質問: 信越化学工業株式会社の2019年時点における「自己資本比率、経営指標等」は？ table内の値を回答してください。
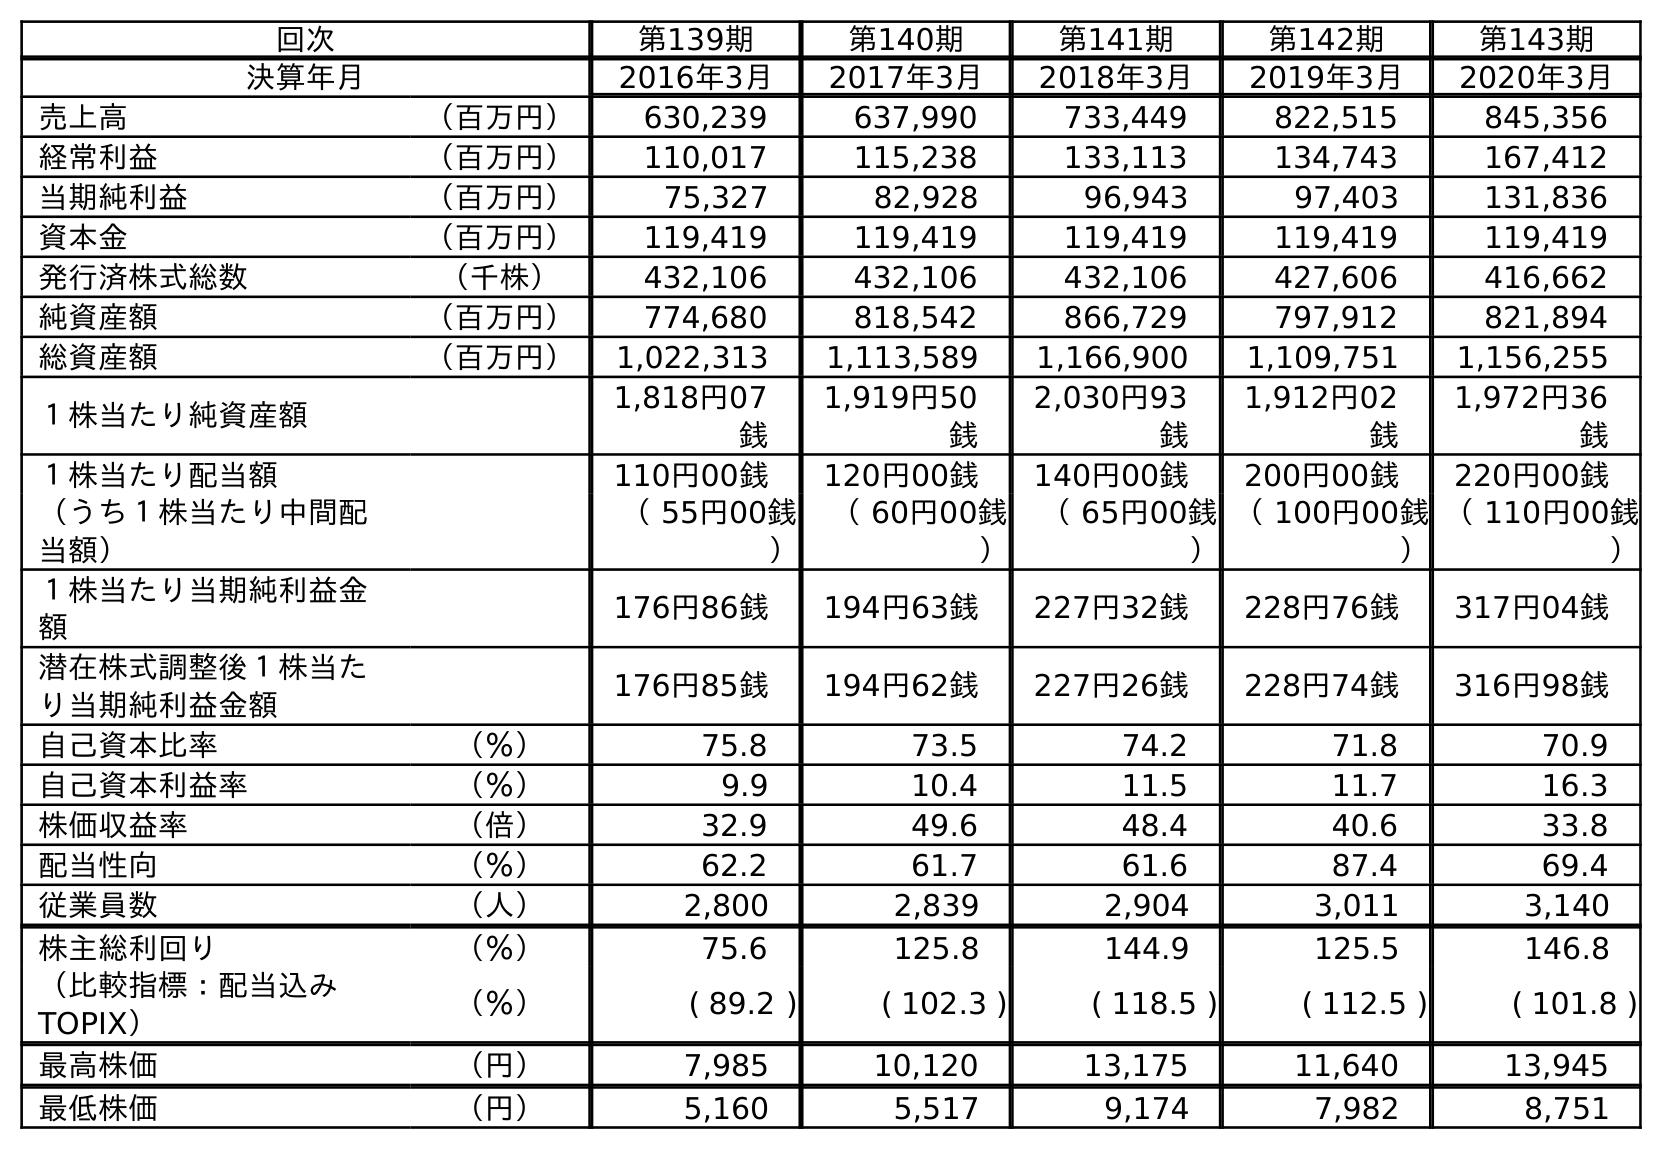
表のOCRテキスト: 回次 第139期 第140期 第141期 第142期 第143期 決算年月 2016年3月 2017年3月 2018年3月 2019年3月 2020年3月 売上高 （百万円） 630,239 637,990 733,449 822,515 845,356 経常利益 （百万円） 110,017 115,238 133,113 134,743 167,412 当期純利益 （百万円） 75,327 82,928 96,943 97,403 131,836 資本金 （百万円） 119,419 119,419 119,419 119,419 119,419 発行済株式総数 （千株） 432,106 432,106 432,106 427,606 416,662 純資産額 （百万円） 774,680 818,542 866,729 797,912 821,894 総資産額 （百万円） 1,022,313 1,113,589 1,166,900 1,109,751 1,156,255 １株当たり純資産額 1,818円07 銭 1,919円50 銭 2,030円93 銭 1,912円02 銭 1,972円36 銭 １株当たり配当額 110円00銭 120円00銭 140円00銭 200円00銭 220円00銭 （うち１株当たり中間配 当額） （ 55円00銭 ） （ 60円00銭 ） （ 65円00銭 ） （ 100円00銭 ） （ 110円00銭 ） １株当たり当期純利益金 額 176円86銭 194円63銭 227円32銭 228円76銭 317円04銭 潜在株式調整後１株当た り当期純利益金額 176円85銭 194円62銭 227円26銭 228円74銭 316円98銭 自己資本比率 （％） 75.8 73.5 74.2 71.8 70.9 自己資本利益率 （％） 9.9 10.4 11.5 11.7 16.3 株価収益率 （倍） 32.9 49.6 48.4 40.6 33.8 配当性向 （％） 62.2 61.7 61.6 87.4 69.4 従業員数 （人） 2,800 2,839 2,904 3,011 3,140 株主総利回り （％） 75.6 125.8 144.9 125.5 146.8 （比較指標：配当込み TOPIX） （％） ( 89.2 ) ( 102.3 ) ( 118.5 ) ( 112.5 ) ( 101.8 ) 最高株価 （円） 7,985 10,120 13,175 11,640 13,945 最低株価 （円） 5,160 5,517 9,174 7,982 8,751
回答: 71.8